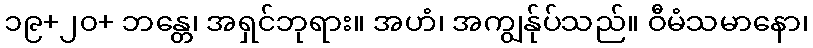
၁၉+၂၀+ ဘန္တေ၊ အရှင်ဘုရား။ အဟံ၊ အကျွန်ုပ်သည်။ ဝီမံသမာနော၊